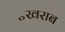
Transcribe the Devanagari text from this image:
॰खराब